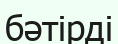
бәтірді